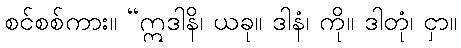
စင်စစ်ကား။ “ဣဒါနိ၊ ယခု။ ဒါနံ၊ ကို။ ဒါတုံ၊ ငှာ။